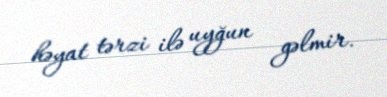
həyat tərzi ilə uyğun gəlmir.